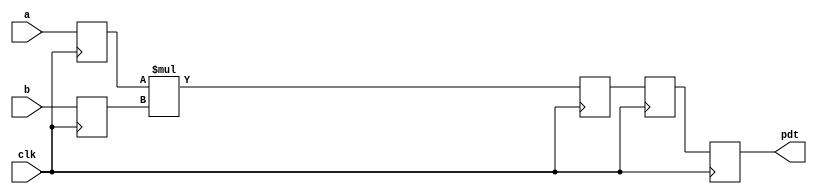
module multiplier ( a, b, clk, pdt);
  /*
  * parameter 'N' is the width of multiplier/multiplicand;.Application Notes 10-5
  * parameter 'level' is the intended number of stages of the
  * pipelined multiplier;
  * which is typically the smallest integer greater than or equal
  * to base 2 logarithm of 'N'
  */

parameter N = 4;
parameter level = 3;
  input [N-1 : 0] a;
  input [N-1 : 0] b;
  input clk;
  output [2*N-1 : 0] pdt;
  reg [N-1 : 0] a_int, b_int;
  reg [2*N-1 : 0] pdt_int [level-1 : 0];
  integer i;

  assign pdt = pdt_int [level-1];

  always @ (posedge clk)
  begin

    // registering input of the multiplier
    a_int <= a;
    b_int <= b;

    // 'level' levels of registers to be inferred at the output
    // of the multiplier
    pdt_int[0] <= a_int * b_int;
    for(i =1;i <level;i =i +1) begin
      pdt_int [i] <= pdt_int [i-1];
    end

  end
endmodule